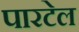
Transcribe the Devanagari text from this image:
पारटेल